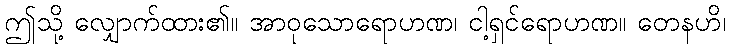
ဤသို့ လျှောက်ထား၏။ အာဝုသောရောဟဏ၊ ငါ့ရှင်ရောဟဏ။ တေနဟိ၊